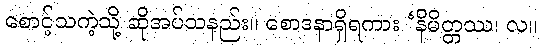
စောင့်သကဲ့သို့ ဆိုအပ်သနည်း။ စောဒနာရှိရကား ‘နိမိတ္တဿ၊ လ။